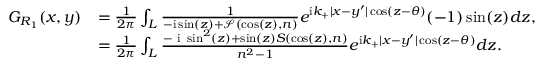
\begin{array} { r l } { G _ { R _ { 1 } } ( x , y ) } & { = \frac { 1 } { 2 \pi } \int _ { L } \frac { 1 } { - \mathrm { i } \sin ( z ) + \mathcal { S } ( \cos ( z ) , n ) } e ^ { \mathrm { i } k _ { + } | x - y ^ { \prime } | \cos ( z - \theta ) } ( - 1 ) \sin ( z ) d z , } \\ & { = \frac { 1 } { 2 \pi } \int _ { L } \frac { - \textrm { i } \sin ^ { 2 } ( z ) + \sin ( z ) S ( \cos ( z ) , n ) } { n ^ { 2 } - 1 } e ^ { \mathrm { i } k _ { + } | x - y ^ { \prime } | \cos ( z - \theta ) } d z . } \end{array}